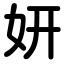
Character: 妍